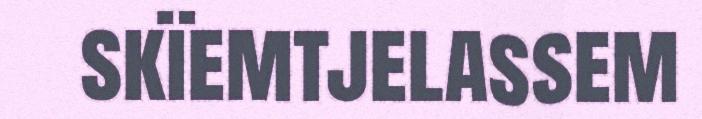
skïemtjelassem